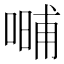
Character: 𱔇